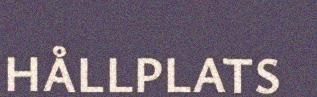
HÅLLPLATS